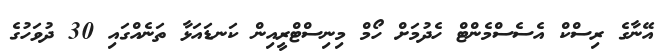
އޭނާގެ ރިސްކް އެސެސްމެންޓް ހެދުމަށް ހޯމް މިނިސްޓްރީއިން ކަނޑައަޅާ ތަނެއްގައި 30 ދުވަހުގެ